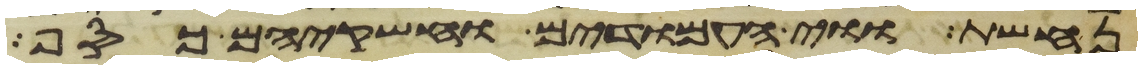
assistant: נחשת ווי העמודים וחשקיהם כסף